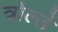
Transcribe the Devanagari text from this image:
त्रोल्ले